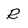
Character: R